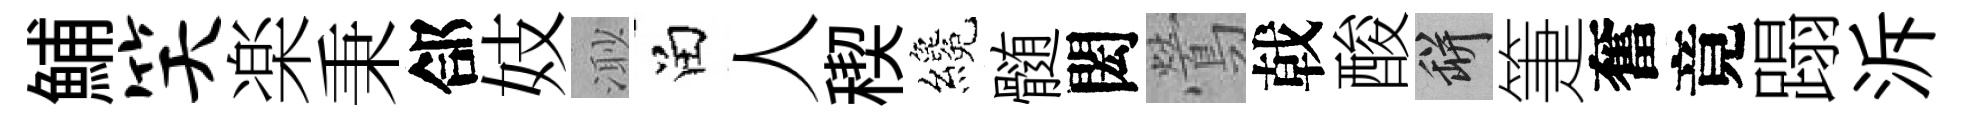
鯆笑楽秉郃妓𣺌留人稧纔髄閎鶯戟酸瓶箑奮竟蹋泝